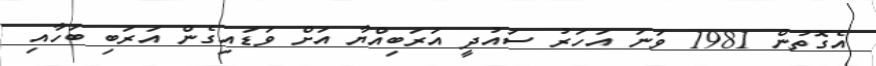
އެގޮތުން 1981 ވަނަ އަހަރު ސައުދީ އަރަބިއްޔާ އަށް ވަޑައިގެން އަރަބި ބަހާއި